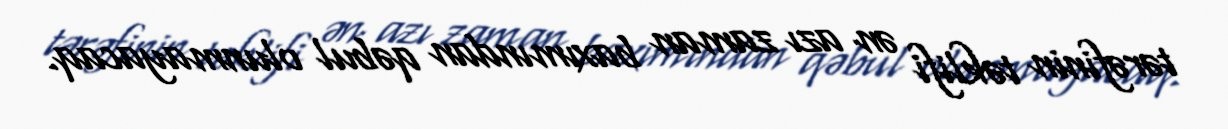
tərəfinin təklifi ən azı zaman baxımından qəbul olunmayacaq.